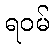
ရဝမ်